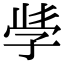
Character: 𭓇